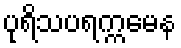
ပုရိသပရက္ကမေန